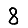
Digit: 8